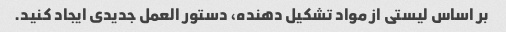
بر اساس لیستی از مواد تشکیل دهنده، دستور العمل جدیدی ایجاد کنید.